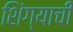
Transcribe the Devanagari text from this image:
शिंग्याची